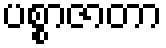
ပစ္စာဇာတာ